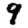
Digit: 9